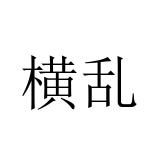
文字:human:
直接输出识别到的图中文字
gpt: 横乱